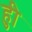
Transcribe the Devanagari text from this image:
हुी